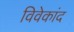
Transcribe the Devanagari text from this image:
विवेकांद